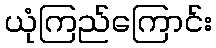
ယုံကြည်ကြောင်း